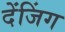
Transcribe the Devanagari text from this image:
देंजिंग